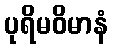
ပုရိမဝိမာနံ